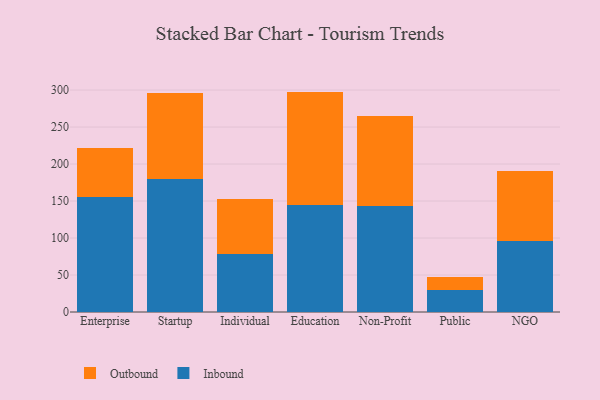
{"axis": {"x": "Segment", "y": "Website Visitors"}, "legend": ["Inbound", "Outbound"], "data": [{"x": "Enterprise", "y": 155.0, "type": "Inbound"}, {"x": "Enterprise", "y": 66.9, "type": "Outbound"}, {"x": "Startup", "y": 179.6, "type": "Inbound"}, {"x": "Startup", "y": 117.0, "type": "Outbound"}, {"x": "Individual", "y": 78.1, "type": "Inbound"}, {"x": "Individual", "y": 74.7, "type": "Outbound"}, {"x": "Education", "y": 144.2, "type": "Inbound"}, {"x": "Education", "y": 153.7, "type": "Outbound"}, {"x": "Non-Profit", "y": 143.5, "type": "Inbound"}, {"x": "Non-Profit", "y": 121.1, "type": "Outbound"}, {"x": "Public", "y": 30.4, "type": "Inbound"}, {"x": "Public", "y": 16.5, "type": "Outbound"}, {"x": "NGO", "y": 96.0, "type": "Inbound"}, {"x": "NGO", "y": 95.0, "type": "Outbound"}]}